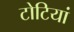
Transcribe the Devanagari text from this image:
टोटियां